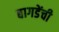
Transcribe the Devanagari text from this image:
बागडेंची